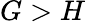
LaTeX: G>H